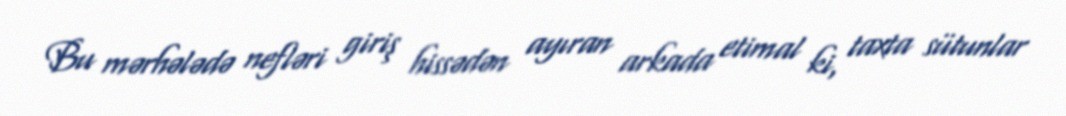
Bu mərhələdə nefləri giriş hissədən ayıran arkada etimal ki, taxta sütunlar